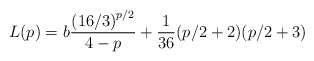
\begin{align*}L(p) = b\frac{\left(16/3\right)^{p/2}}{4-p} + \frac{1}{36}(p/2+2)(p/2+3)\end{align*}